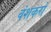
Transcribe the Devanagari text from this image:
वंशकरो